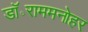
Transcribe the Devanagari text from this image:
डॉ॰राममनोहर